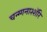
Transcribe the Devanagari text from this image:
चन्ग्गनाश्शॅरि